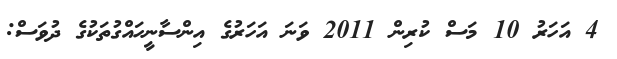
4 އަހަރު 10 މަސް ކުރިން 2011 ވަނަ އަހަރުގެ އިންސާނީހައްގުތަކުގެ ދުވަސް: